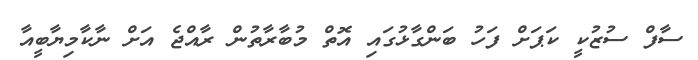
ސާފް ސުޒުކީ ކަޕަށް ފަހު ބަންގާޅުގައި އޮތް މުބާރާތުން ރާއްޖެ އަށް ނާކާމިޔާބީއާ